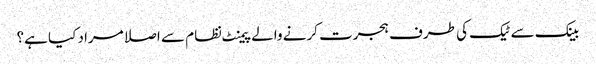
بینک سے ٹیک کی طرف ہجرت کرنے والے پیمنٹ نظام سے اصلا مراد کیا ہے؟